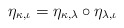
\begin{align*} \eta_{\kappa , \iota} = \eta_{\kappa , \lambda} \circ \eta_{\lambda,\iota}\end{align*}